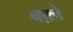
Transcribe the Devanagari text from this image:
बफ़ो